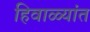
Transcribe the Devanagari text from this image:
हिवाळ्यांत